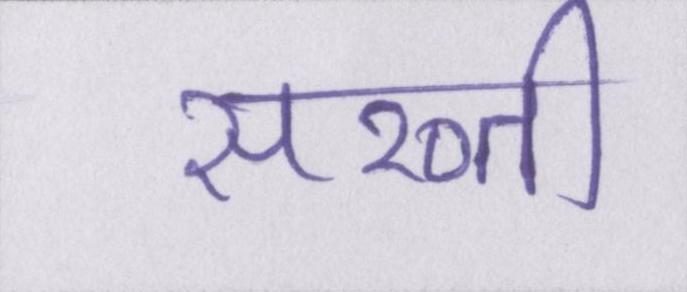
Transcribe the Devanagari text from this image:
सख्ती